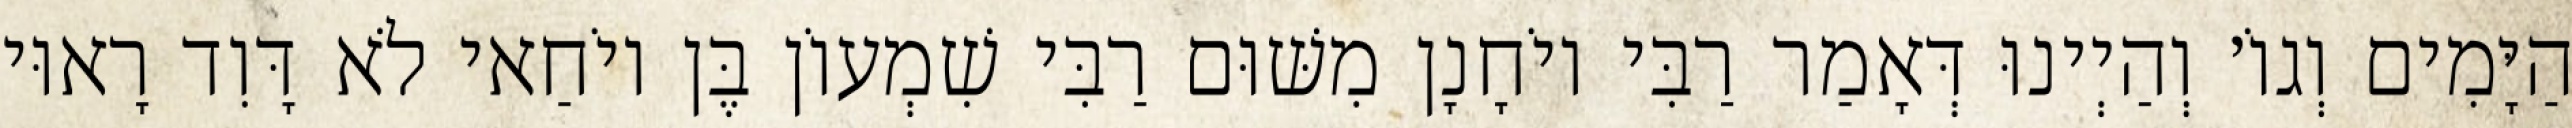
הַיָּמִים וְגוֹ׳ וְהַיְינוּ דְּאָמַר רַבִּי יוֹחָנָן מִשּׁוּם רַבִּי שִׁמְעוֹן בֶּן יוֹחַאי לֹא דָּוִד רָאוּי